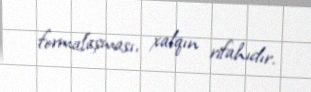
formalaşması, xalqın rifahıdır.